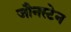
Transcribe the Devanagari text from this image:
जौनस्टेन